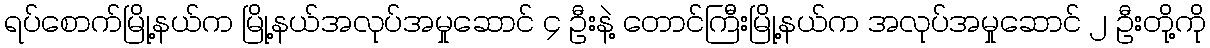
ရပ်စောက်မြို့နယ်က မြို့နယ်အလုပ်အမှုဆောင် ၄ ဦးနဲ့ တောင်ကြီးမြို့နယ်က အလုပ်အမှုဆောင် ၂ ဦးတို့ကို